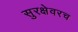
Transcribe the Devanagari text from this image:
सुरक्षेवरच